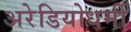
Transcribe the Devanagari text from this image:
अरेडियोधर्मी